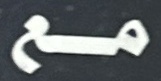
مع